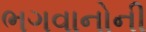
ભગવાનોની